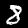
Digit: 8